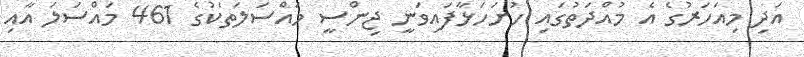
އަދި މިއަހަރުގެ އެ މުއްދަތުގައި ހުށަހަޅާފައިވަނީ ޖިންސީ މައްސަލަތަކުގެ 461 މައްސަލަ އާއި